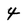
Character: 4